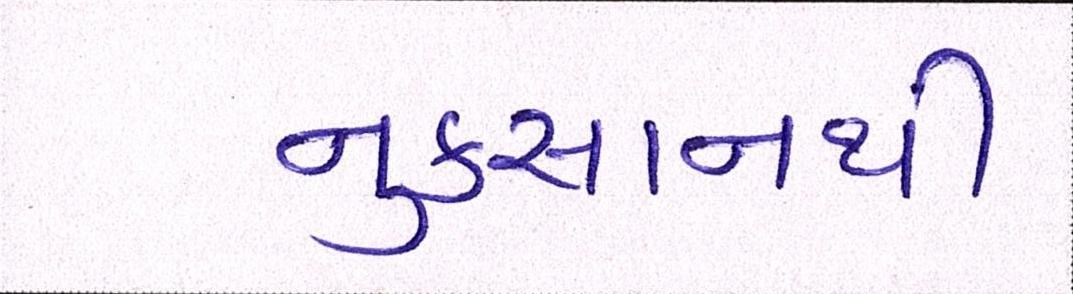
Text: નુકસાનથી